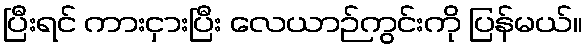
ပြီးရင် ကားငှားပြီး လေယာဉ်ကွင်းကို ပြန်မယ်။